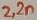
Text: 2,2n